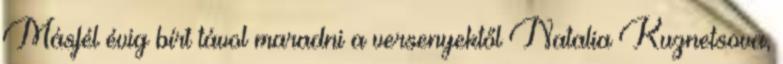
Másfél évig bírt távol maradni a versenyektől Natalia Kuznetsova,